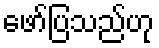
ဖော်ပြသည်ဟု